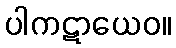
ပါကဋာယေဝ။